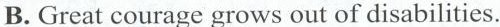
B. Great courage grows out of disabilities.